Vital statistics of India. Vol. IV, Annual returns from 1871 to 1876. British Army of India, Native Army and jails of Bengal
Year: 1871
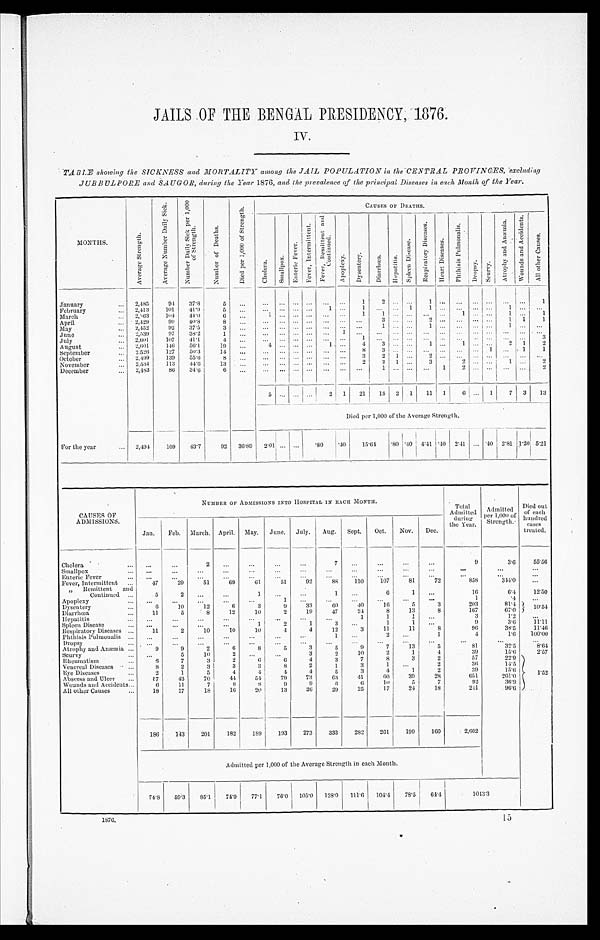
JAILS OF THE BENGAL PRESIDENCY, 1876.
IV.
TABLE showing the SICKNESS and MORTALITY among the JAIL POPULATION in the CENTRAL PROVINCES, excluding
JUBBULPORE and SAUGOR, during the Year 1876, and the prevalence of the principal Diseases in each Month of the Year.
M O N T H S .
A v e r a g e S t r e n g t h .
A v e r a g e N u m b e r D a i l y S i c k .
N u m b e r D a i l y S i c k p e r 1 , 0 0 0 o f S t r e n g t h .
N u m b e r o f D e a t h s .
D i e d p e r 1 , 0 0 0 o f S t r e n g t h .
CAUSES OF DEATHS.
C h o l e r a .
S m a l l p o x .
E n t e r i c F e v e r .
F e v e r , I n t e r m i t t e n t .
F e v e r , R e m i t t e n t a n d C o n t i n u e d .
A p o p l e x y .
D y s e n t e r y .
D i a r r h œ a .
H e p a t i t i s .
S p l e e n D i s e a s e s . R e s p i r a t o r y D i s e a s e s .
H e a r t D i s e a s e s .
P h t h i s i s P u l m o n a l i s .
D r o p s y .
S c u r v y .
A t r o p h y a n d A n æ m i a .
W o u n d s a n d A c c i d e n t s .
A l l o t h e r C a u s e s .
January
2,485
94 37.8
5
. . .
. . .
. . . . . .
. . . . . .
. . .
1
2
. . . . . . 1
. . . . . .
. . . . . . . . .
. . .
1
February
2,413 101
41.9
5
... ... ... ... ...
1 ...
1
... ...
1
1 ...
...
... ...
1
... ...
March
2,563
1 0 4
4 4 . 0
6
... ...
1
... ... ... ... ...
1
1
... ... ... ...
1
... ...
1
...
1
April
2,429
99
4 0 . 8
8 ...
. . .
. . . . . . . . .
...
. . .
...
3
. . . . . . 2
. . . . . .
. . . . . .
1 1
1
May
2,452
92 37.5
3 ...
... ... ... ... ... ... ...
1
. . . . . . 1
. . . . . .
. . . . . . 1
. . .
. . .
June
2,539
97 38.2
1 ...
. . .
. . . . . . . . . . . .
1 . . .
. . . . . .
. . .
. . .
. . .
. . .
. . . . . .
. . .
. . .
. . .
July
2,601
107
41.1
4
. . .
. . .
... ... ... ...
. . . 1
. . .
... ...
. . . . . .
. . . . . .
. . .
. . . . . .
3
August
2,601
146
56.1
19
. . .
4
. . . . . . . . .
1 ...
4 3
. . . . . .
1 ...
1
. . . . . .
2 1
2
September
2,526
127
50.3
1 4
. . .
. . .
. . . . . . . . . . . .
. . .
8
3
. . . . . . . . .
. . . . . .
. . . 1 . . .
1
1
October
2,499
139 55.6
8
...
... ... ... ... ... ...
3
2 1 ...
2
. . . . . .
. . . . . . . . .
. . .
. . .
November
2,534
113
44.6
13
. . .
... ... ...
. . .
. . . . . .
2
2
1 ...
3
. . .
2
. . .
. . . 1
. . .
2
December
2,483
86
34.6
6 ...
. . .
...
. . .
... ... ... ...
1
. . . . . . . . .
1
2
. . . . . .
... ...
2
5
. . .
...
. . .
2 1 21 18 2 1 11 1
6
. . .
1
7 3
13
Died per 1,000 of the Average Strength.
For the year
2,494 109
43.7
92 36.89 2.01 ...
...
.80 .40
15. 64
. 8 0
. 4 0
4 . 4 1
. 4 0
2 . 4 1
...
.40 2.81 1.20 5.21
CAUSES OF
ADMISSIONS.
NUMBER OF ADMISSIONS INTO HOSPITAL IN EACH M
ONTH.
Total
Admitted
during
the year.
Admitted
per 1,000 of
Strength.
Died out
of each
hundred
cases
treated.
Jan. Feb. March. April. May. June. July. Aug. Sept. Oct. Nov. Dec.
Cholera
... ...
2
... ...
...
...
7
...
...
...
...
9
3.6
55.56
Smallpox
...
...
...
...
...
...
...
...
...
...
...
...
...
... ...
Enteric Fever
...
...
...
...
...
...
...
...
...
...
...
...
...
...
...
Fever, Intermittent ...
47
29
51
69
61
51
92
88
110
107
81
72
858
3 4 4 . 0
...
" Remittent and
Continued
5
2
... ...
1
...
...
1 ...
6
1 ...
16
6.4
12.50
Apoplexy
...
...
... ...
...
1
...
...
...
...
...
...
1
. 4
...
Dysentery
6
10
12
6
3
9
33
60
40
16
5
3
203
81.4
1 0 . 5 4
Diarrhœa
11
5
8
12
10
2
19
47
24
8
13
8
167
67.0
Hepatitis
. . .
. . .
. . .
...
...
. . .
...
. . .
1
1
1
. . .3
1.2
. . .
Spleen Disease
. . .
. . .
...
...
1
2
1
3 ...
1
1
. . .
9
3 . 6
1 1 . 1 1
Respiratory Diseases
11
2
10
10
10
4
4
12
3
11 I
11
8
9 6
3 8 . 5
11.46
Phthisis Pulmonalis ..
...
...
...
...
...
..
1
...
2
..
1
4
1.6
100.00
Dropsy
. . .
...
...
...
...
...
...
...
...
...
...
...
. . .
. . .
. . .
Atrophy and Anæmia
9
9
2
6
8
5
3
5
9
7
13
5
81
32.5
8.64
Scurvy
. . .
5
10
2
. . .
...
3
2
10
2
1
4
39
15.6
2.57
Rheumatism
6
7
3
2
6
6
4
3
7
8
3
2
5 7
2 2 . 9
1 . 5 2
Venereal Diseases
8
2
3
3
3
8
2
1
3
1
. . .
2
3 6 14.5
Eye Diseases
2
1
5
4
4
4
4
5
3
4
1
2
39
15.6
Abscess and Ulcer
5 7
43
70
44
54
79
73
63
41
60
39
28
651
261.0
Wounds and Accidents
6
11
7
8
8
9
9
6
6
10
5
7
92
36.9
All other Causes
18
17
18
16
20
13
26
29
25
17
24
18
241
96.6
186
143
201
182 189
193
273
333
282
261
199
160
2 , 6 0 2
Admitted per 1,000 of the Average Strength in each Month.
74.8 59.3 85.1 74.9 77.1
76.0 105.0 128.0 111.6 104.4 78.5 64.4
1043.3
1876.15